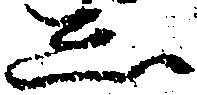
し